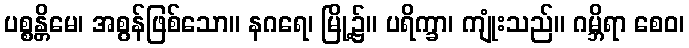
ပစ္စန္တိမေ၊ အစွန်ဖြစ်သော။ နဂရေ၊ မြို့၌။ ပရိက္ခာ၊ ကျုံးသည်။ ဂမ္ဘိရာ စေဝ၊